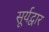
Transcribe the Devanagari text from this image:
सूर्यद्वार